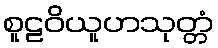
စူဠဝိယူဟသုတ္တံ